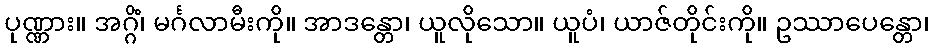
ပုဏ္ဏား။ အဂ္ဂိံ၊ မင်္ဂလာမီးကို။ အာဒန္တော၊ ယူလိုသော။ ယူပံ၊ ယာဇ်တိုင်းကို။ ဥဿာပေန္တော၊